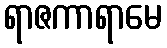
ရာဇကာရာမေ